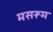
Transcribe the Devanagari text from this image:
मसरूम